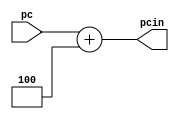
`timescale 1ns / 1ps
module PCAdd4 (pc,pcin);
input [31:0]pc;
output [31:0] pcin;
assign pcin = pc + 4;
endmodule